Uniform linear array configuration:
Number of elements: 4
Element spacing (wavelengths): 0.75
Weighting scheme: binomial
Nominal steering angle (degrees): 30
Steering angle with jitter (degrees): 29.745
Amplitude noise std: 0.05
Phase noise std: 0.05

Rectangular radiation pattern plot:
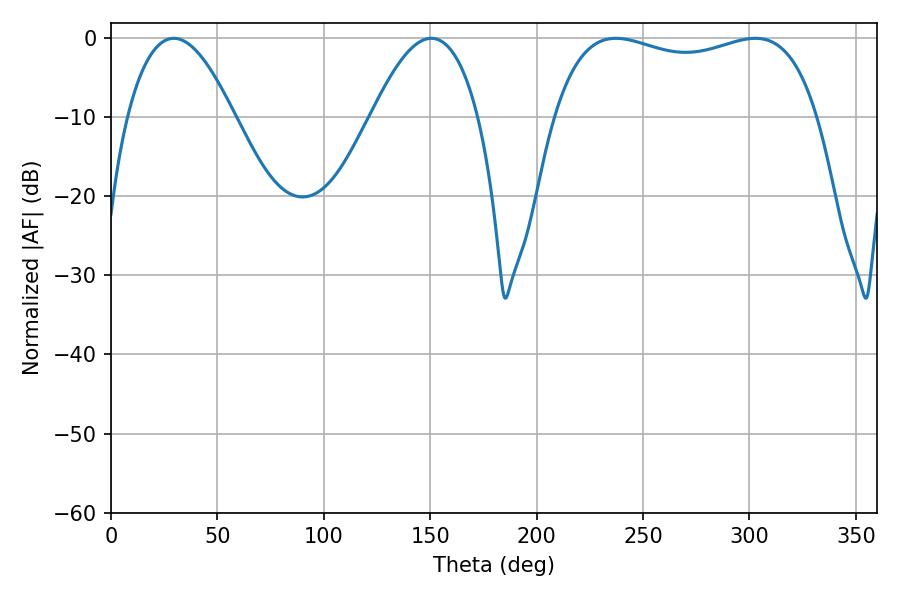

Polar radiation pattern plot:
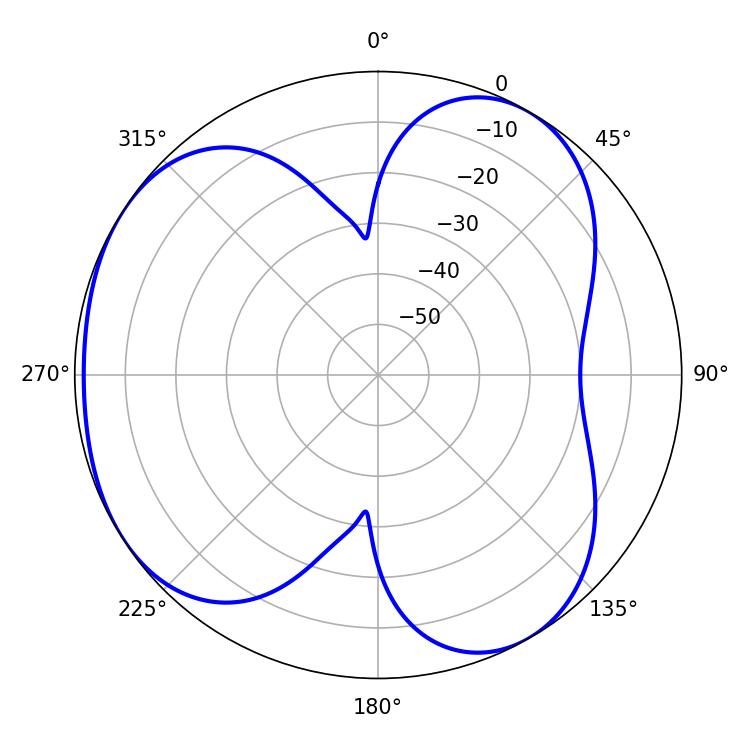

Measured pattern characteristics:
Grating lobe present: TRUE
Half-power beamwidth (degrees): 101.16
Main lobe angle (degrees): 237.24